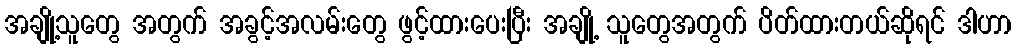
အချို့သူတွေ အတွက် အခွင့်အလမ်းတွေ ဖွင့်ထားပေးပြီး အချို့ သူတွေအတွက် ပိတ်ထားတယ်ဆိုရင် ဒါဟာ